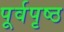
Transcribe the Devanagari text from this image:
पूर्वपृष्ठ